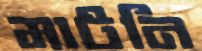
মাটনি